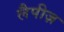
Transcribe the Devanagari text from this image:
लैपीज़